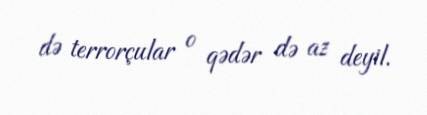
də terrorçular o qədər də az deyil.